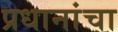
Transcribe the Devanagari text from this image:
प्रधानांचा